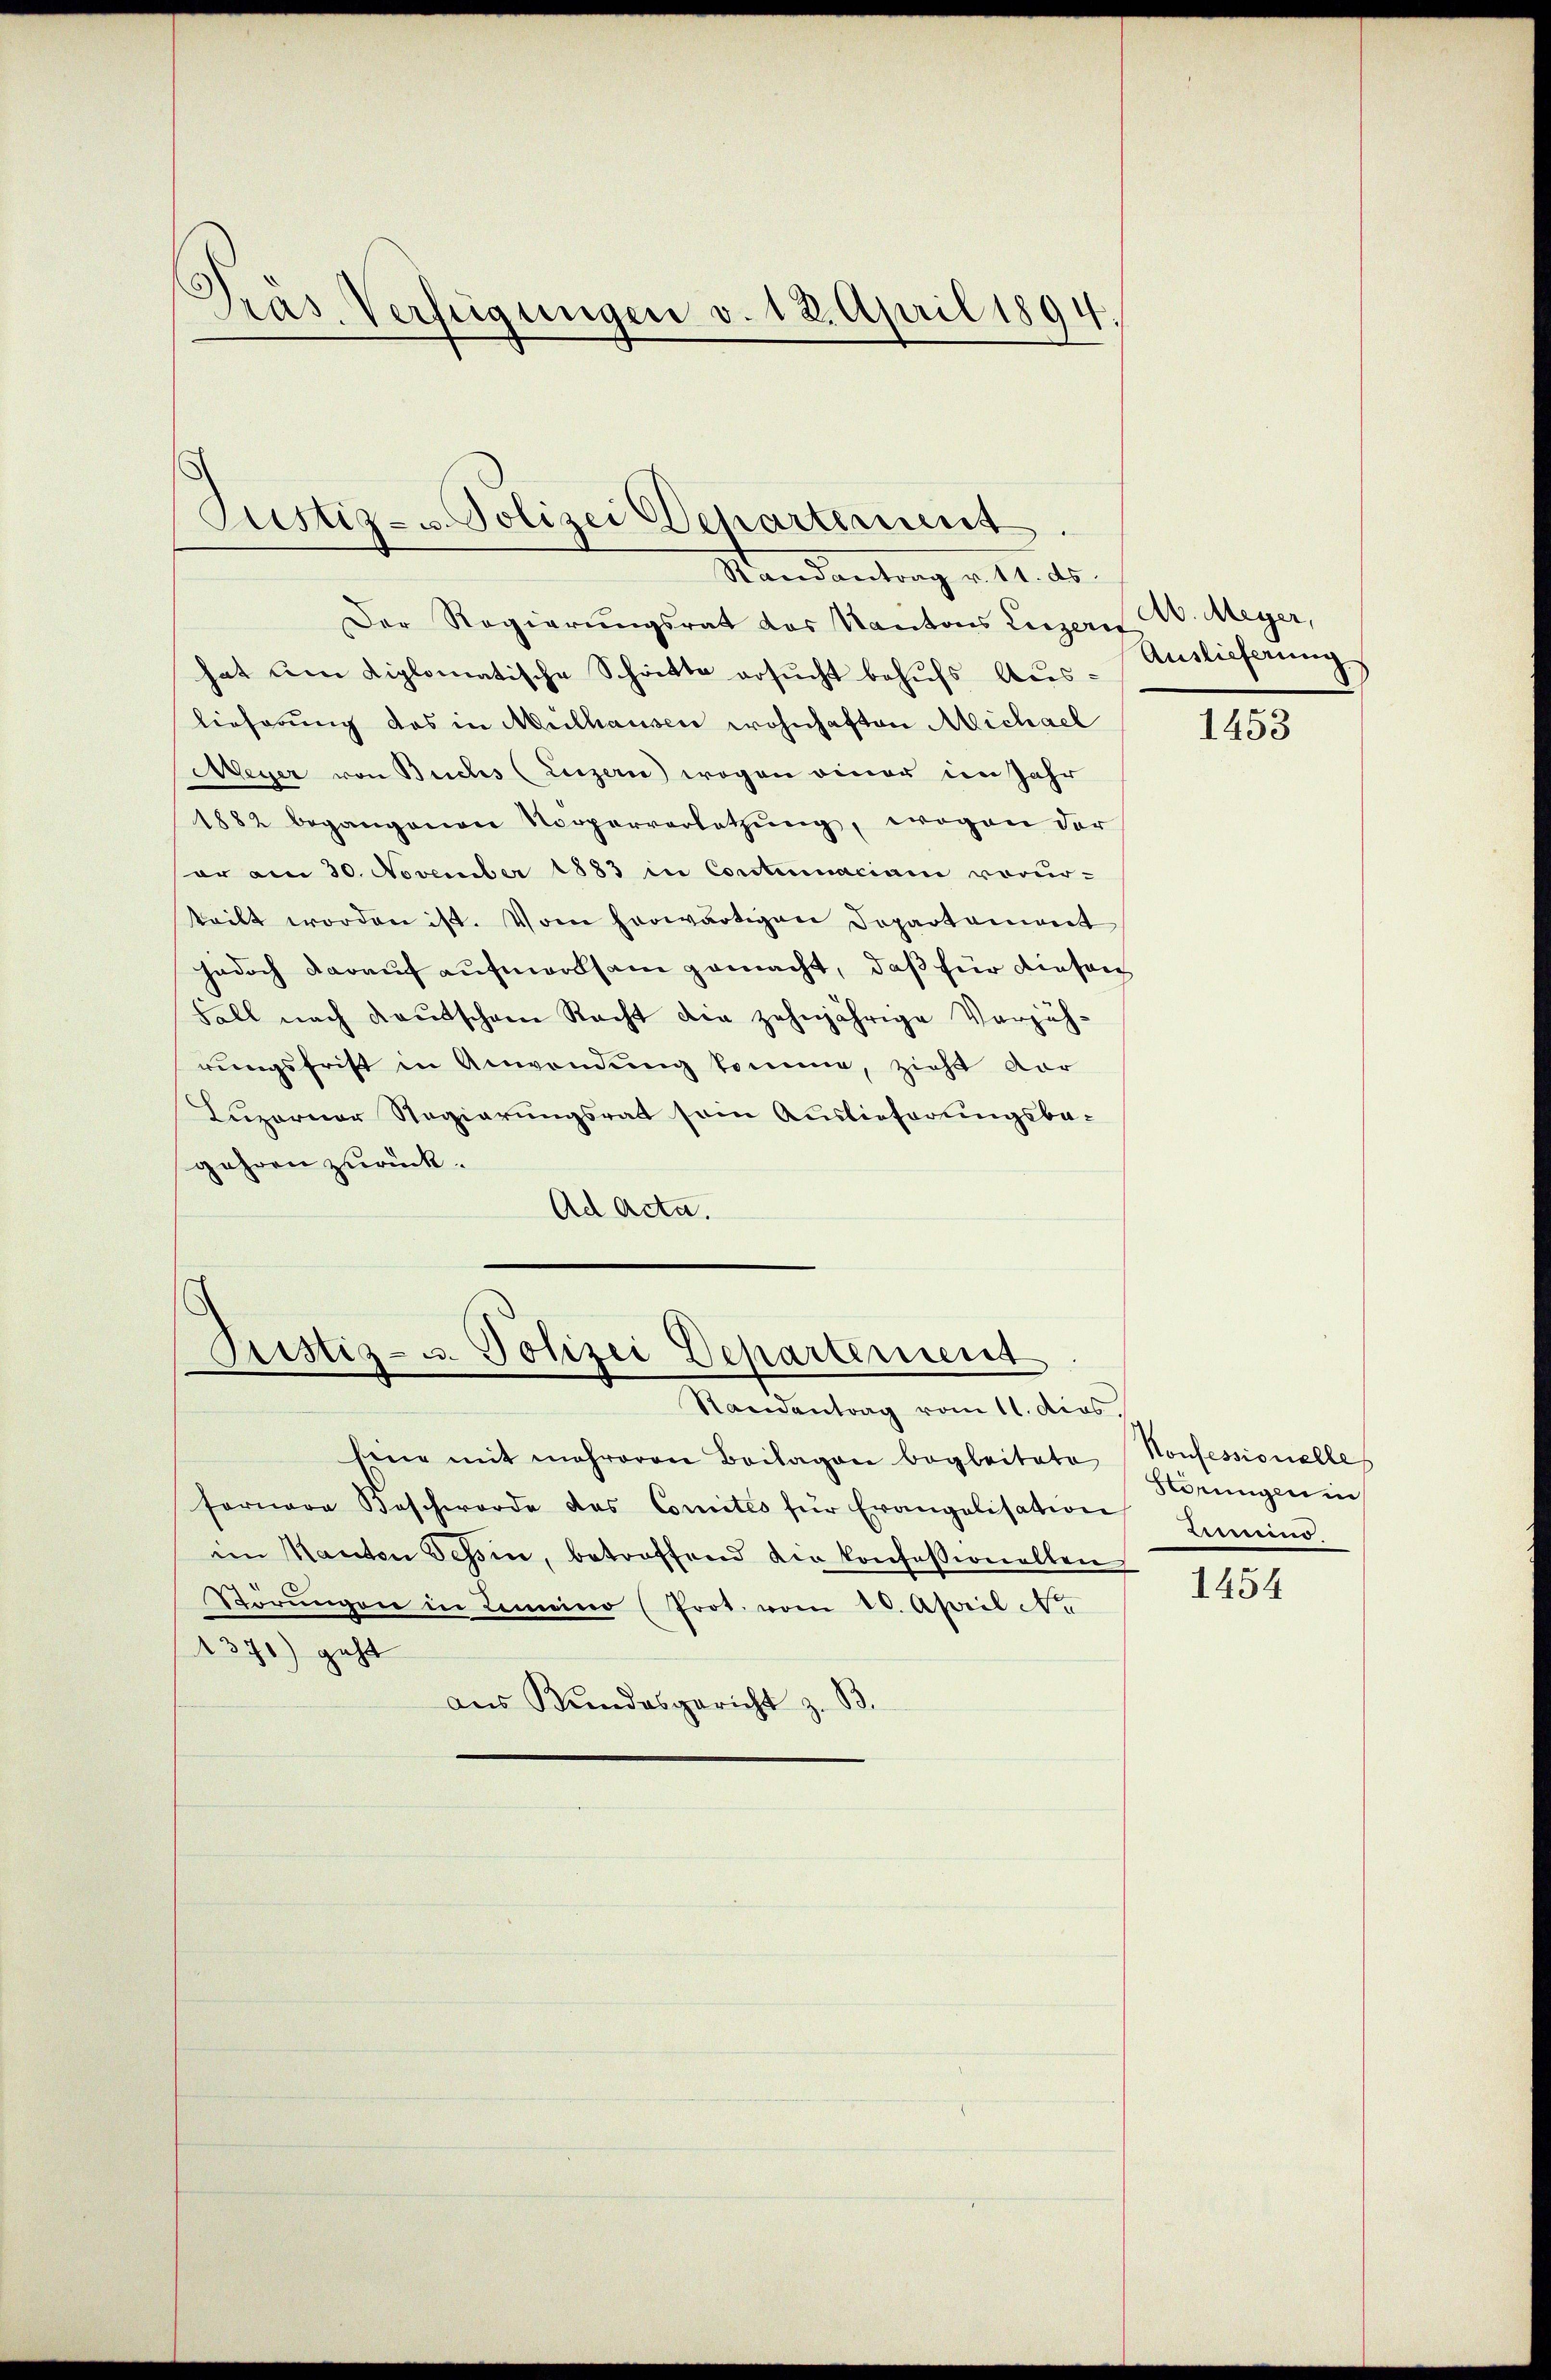
.
Präs. Verfügungen v. 12. April 1894.

Justiz- u. Polizei Departement.
Randantrag v. 11. ds.

Der Regierungsrat das Kantons Luzern W. Meyer,
hat am diplomatische Schritte ersucht behufs Auslieferung das in Mülhausen wohnhaften Michael
Meyer von Buchs (Luzern) wogen einer im Jahr
1882 begangenen Vorperverletzŭng, wogen der
sor am 30. November 1883 in Contumaciam vorur-
teilt worden ist. Vom herwärtigen Departament
jedoch darauf aufmerksam gemacht, daß für diesen
Fall nach Kautschen Recht die zehnjährige Verjäh-
rungsfrist in Anwendung komme, zieht dar
Luzerner Regierungsrat sein Auslieferungsbagehren zurück¬
Ad Acta.

Justiz- u. Polizei Departement
Randantrag vom 11. dies.

bene mit mehreren Beilagen begleitete
fernere Beschwerde des Comités für Erangelisation Lumino
im Kanten Tessin, betroffend die konfessionellen
Sörŭngen in Lemeino (Prot. vom 10. April Na
1370) geht
aŭs Kundesgericht z. B.

Auslieferung

1453

1454

Konfessionelle
Störungen in